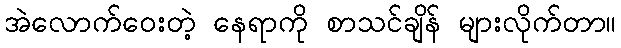
အဲလောက်ဝေးတဲ့ နေရာကို စာသင်ချိန် များလိုက်တာ။